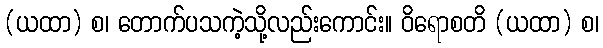
(ယထာ) စ၊ တောက်ပသကဲ့သို့လည်းကောင်း။ ဝိရောစတိ (ယထာ) စ၊